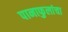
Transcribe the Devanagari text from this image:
पानाफुलांचा